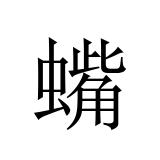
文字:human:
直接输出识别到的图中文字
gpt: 蟕